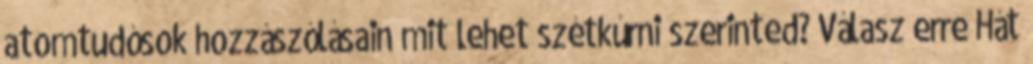
atomtudósok hozzászólásain mit lehet szétkúrni szerinted? Válasz erre Hát